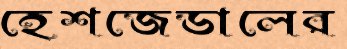
হেশজেডালের